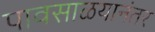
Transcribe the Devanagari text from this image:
पावसाळयानंतर